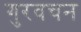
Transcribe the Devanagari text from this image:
गुरवचन